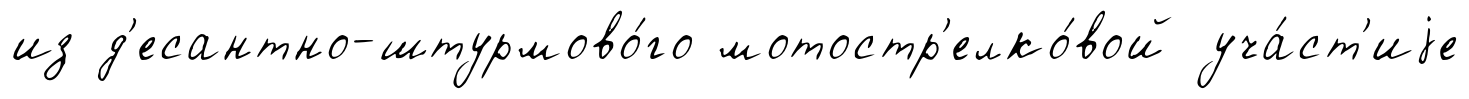
из д'есантно-штурмово́го мотостр'елко́вой уча́ст'иjе